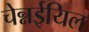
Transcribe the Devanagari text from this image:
चेन्नईयिल